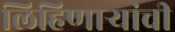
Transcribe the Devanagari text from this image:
लिहिणाऱ्यांची